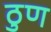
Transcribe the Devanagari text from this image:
ठुण